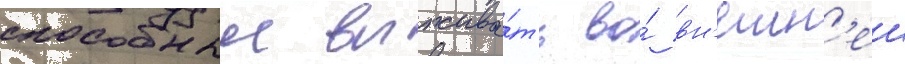
способныи выжива́ть во́ вн'ешн'еи